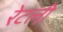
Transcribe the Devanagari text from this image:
रेटली